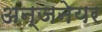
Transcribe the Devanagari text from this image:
अन्जनेयर